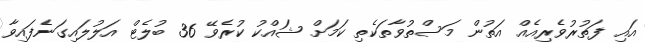
އައި ފަތުރުވެރިއެއް އަތުން މަސްތުވާތަކެތި ކަމަށް ޝައްކު ކުރެވޭ 36 ބުލެޓް އަލުލައިގަނެފައިވާ